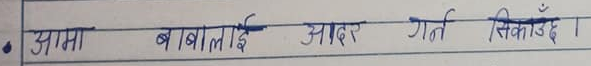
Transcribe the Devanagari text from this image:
आमा बाबालाई आदर गर्न सिकाउँछ ।